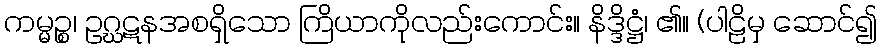
ကမ္မဉ္စ၊ ဥဂ္ဃဋနအစရှိသော ကြိယာကိုလည်းကောင်း။ နိဒ္ဒိဋ္ဌံ၊ ၏။ (ပါဠိမှ ဆောင်၍